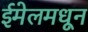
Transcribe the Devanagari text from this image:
ईमेलमधून